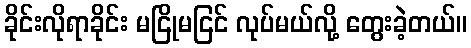
ခိုင်းလိုရာခိုင်း မငြိုမငြင် လုပ်မယ်လို့ တွေးခဲ့တယ်။